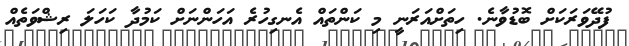
ފުދޭވަރަކަށް ބޮޑުވާނެ. ހިތަށްއަރަނީ މި ކަންތައް އެނގިހުރެ އަހަންނަށް ކަމުދާ ކަހަލަ ރިޝްވަތެއް